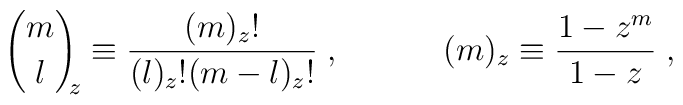
{m\choose l}_{\!\!z}\equiv \frac{(m)_{z}!}{(l)_{z}! (m-l)_{z}!}\; ,\;\;\;\;\;\;\;\;\;\;\; (m)_{z} \equiv\frac{1-z^m}{1-z} \; ,